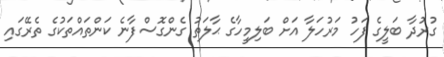
ގުރުދާ ބަލީގެ ފަހު މަރުހަލާ އަށް ބަލިމީހާގެ ޙާލަތު ގެންގޮސްފާނެ ކަންތައްތަކުގެ ތެރޭގައި